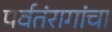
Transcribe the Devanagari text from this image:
पर्वतंरागांचा